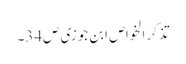
تذکر الخواص ابن جوزی ص34۔